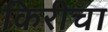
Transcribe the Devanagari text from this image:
किरीचा